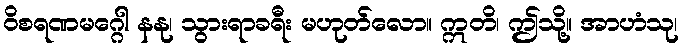
ဝိစရဏမဂ္ဂေါ နနု၊ သွားရာခရီး မဟုတ်လော။ ဣတိ၊ ဤသို့။ အာဟံသု၊